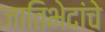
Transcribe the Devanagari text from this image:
जातिभेदांचे